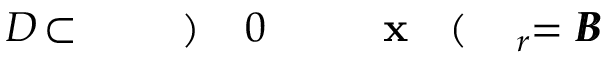
B \! \! \! \! \! \! \! \! \! \! \! \! = B \! \! \! \! \! \! \! \! \! \! \! \! _ { r } \! \! \! \! \! \! \! \! \! \! \! \! ( \! \! \! \! \! \! \! \! \! \! \! \! \mathbf { x } \! \! \! \! \! \! \! \! \! \! \! \! _ { \! } \! \! \! \! \! \! \! \! \! \! \! 0 \! \! \! \! \! \! \! \! \! \! \! \! ) \! \! \! \! \! \! \! \! \! \! \! \! \! \! \! \! \! \! \! \! \! \! \! \! \subset \! \! \! \! \! \! \! \! \! \! \! \! D \! \! \! \! \! \! \! \! \! \! \! \! \! \! \! \! \! \! \! \! \! \! \!